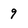
Character: 9